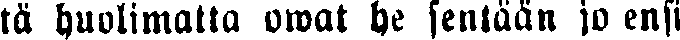
ta huolimatta owat he sentään jo ensi